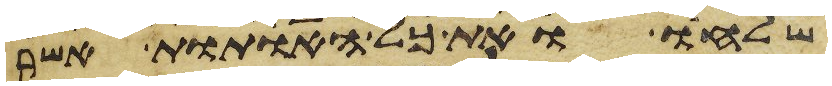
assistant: שלחו ואת כל האתות אשר